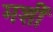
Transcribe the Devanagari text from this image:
मशीं